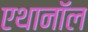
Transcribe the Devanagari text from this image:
एथानॉल